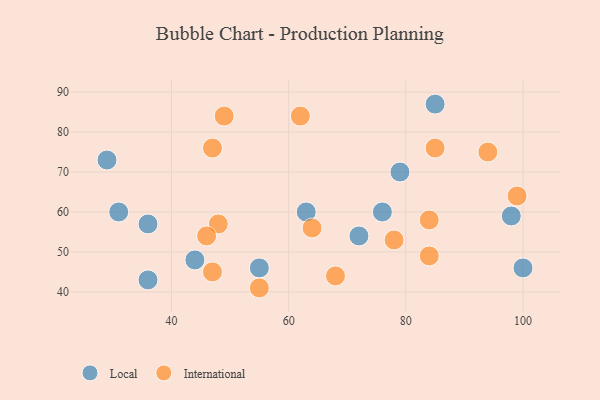
{"axis": {"x": "GDP", "y": "Life Expectancy"}, "legend": ["International", "Local"], "data": [{"x": "79", "y": 70, "type": "Local"}, {"x": "76", "y": 60, "type": "Local"}, {"x": "29", "y": 73, "type": "Local"}, {"x": "55", "y": 46, "type": "Local"}, {"x": "36", "y": 57, "type": "Local"}, {"x": "85", "y": 87, "type": "Local"}, {"x": "100", "y": 46, "type": "Local"}, {"x": "98", "y": 59, "type": "Local"}, {"x": "31", "y": 60, "type": "Local"}, {"x": "63", "y": 60, "type": "Local"}, {"x": "36", "y": 43, "type": "Local"}, {"x": "72", "y": 54, "type": "Local"}, {"x": "44", "y": 48, "type": "Local"}, {"x": "68", "y": 44, "type": "International"}, {"x": "48", "y": 57, "type": "International"}, {"x": "62", "y": 84, "type": "International"}, {"x": "55", "y": 41, "type": "International"}, {"x": "85", "y": 76, "type": "International"}, {"x": "84", "y": 58, "type": "International"}, {"x": "49", "y": 84, "type": "International"}, {"x": "84", "y": 49, "type": "International"}, {"x": "47", "y": 76, "type": "International"}, {"x": "78", "y": 53, "type": "International"}, {"x": "99", "y": 64, "type": "International"}, {"x": "47", "y": 45, "type": "International"}, {"x": "46", "y": 54, "type": "International"}, {"x": "94", "y": 75, "type": "International"}, {"x": "64", "y": 56, "type": "International"}]}